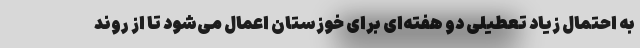
به احتمال زیاد تعطیلی دو هفته‌ای برای خوزستان اعمال می‌شود تا از روند